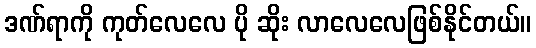
ဒဏ်ရာကို ကုတ်လေလေ ပို ဆိုး လာလေလေဖြစ်နိုင်တယ်။